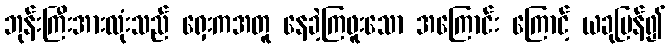
ဘုန်းကြီးအားလုံးသည် ရှေးကအတူ နေခဲ့ကြဖူးသော အကြောင်း ကြောင့် ယခုပြန်၍